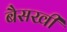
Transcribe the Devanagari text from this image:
बैसखी